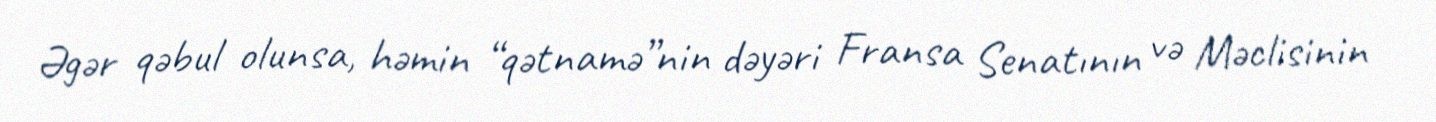
Əgər qəbul olunsa, həmin “qətnamə”nin dəyəri Fransa Senatının və Məclisinin